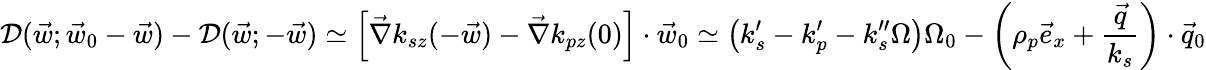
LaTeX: \mathcal D(\vec{w};\vec{w}_{0}-\vec{w})-\mathcal D(\vec{w};-\vec{w})\simeq\left[\vec{\nabla}k_{sz}(-\vec{w})-\vec{\nabla}k_{pz}(0)\right]\cdot\vec{w}_{0}\simeq\left(k_{s}^{\prime}-k_{p}^{\prime}-k_{s}^{\prime\prime}\Omega\right)\Omega_{0}-\left(\rho_{p}\vec{e}_{x}+\frac{\vec{q}}{k_{s}}\right)\cdot\vec{q}_{0}